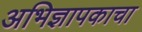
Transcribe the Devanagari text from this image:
अभिज्ञापकाचा